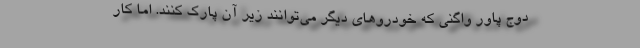
دوج پاور واگنی که خودروهای دیگر می‌توانند زیر آن پارک کنند. اما کار